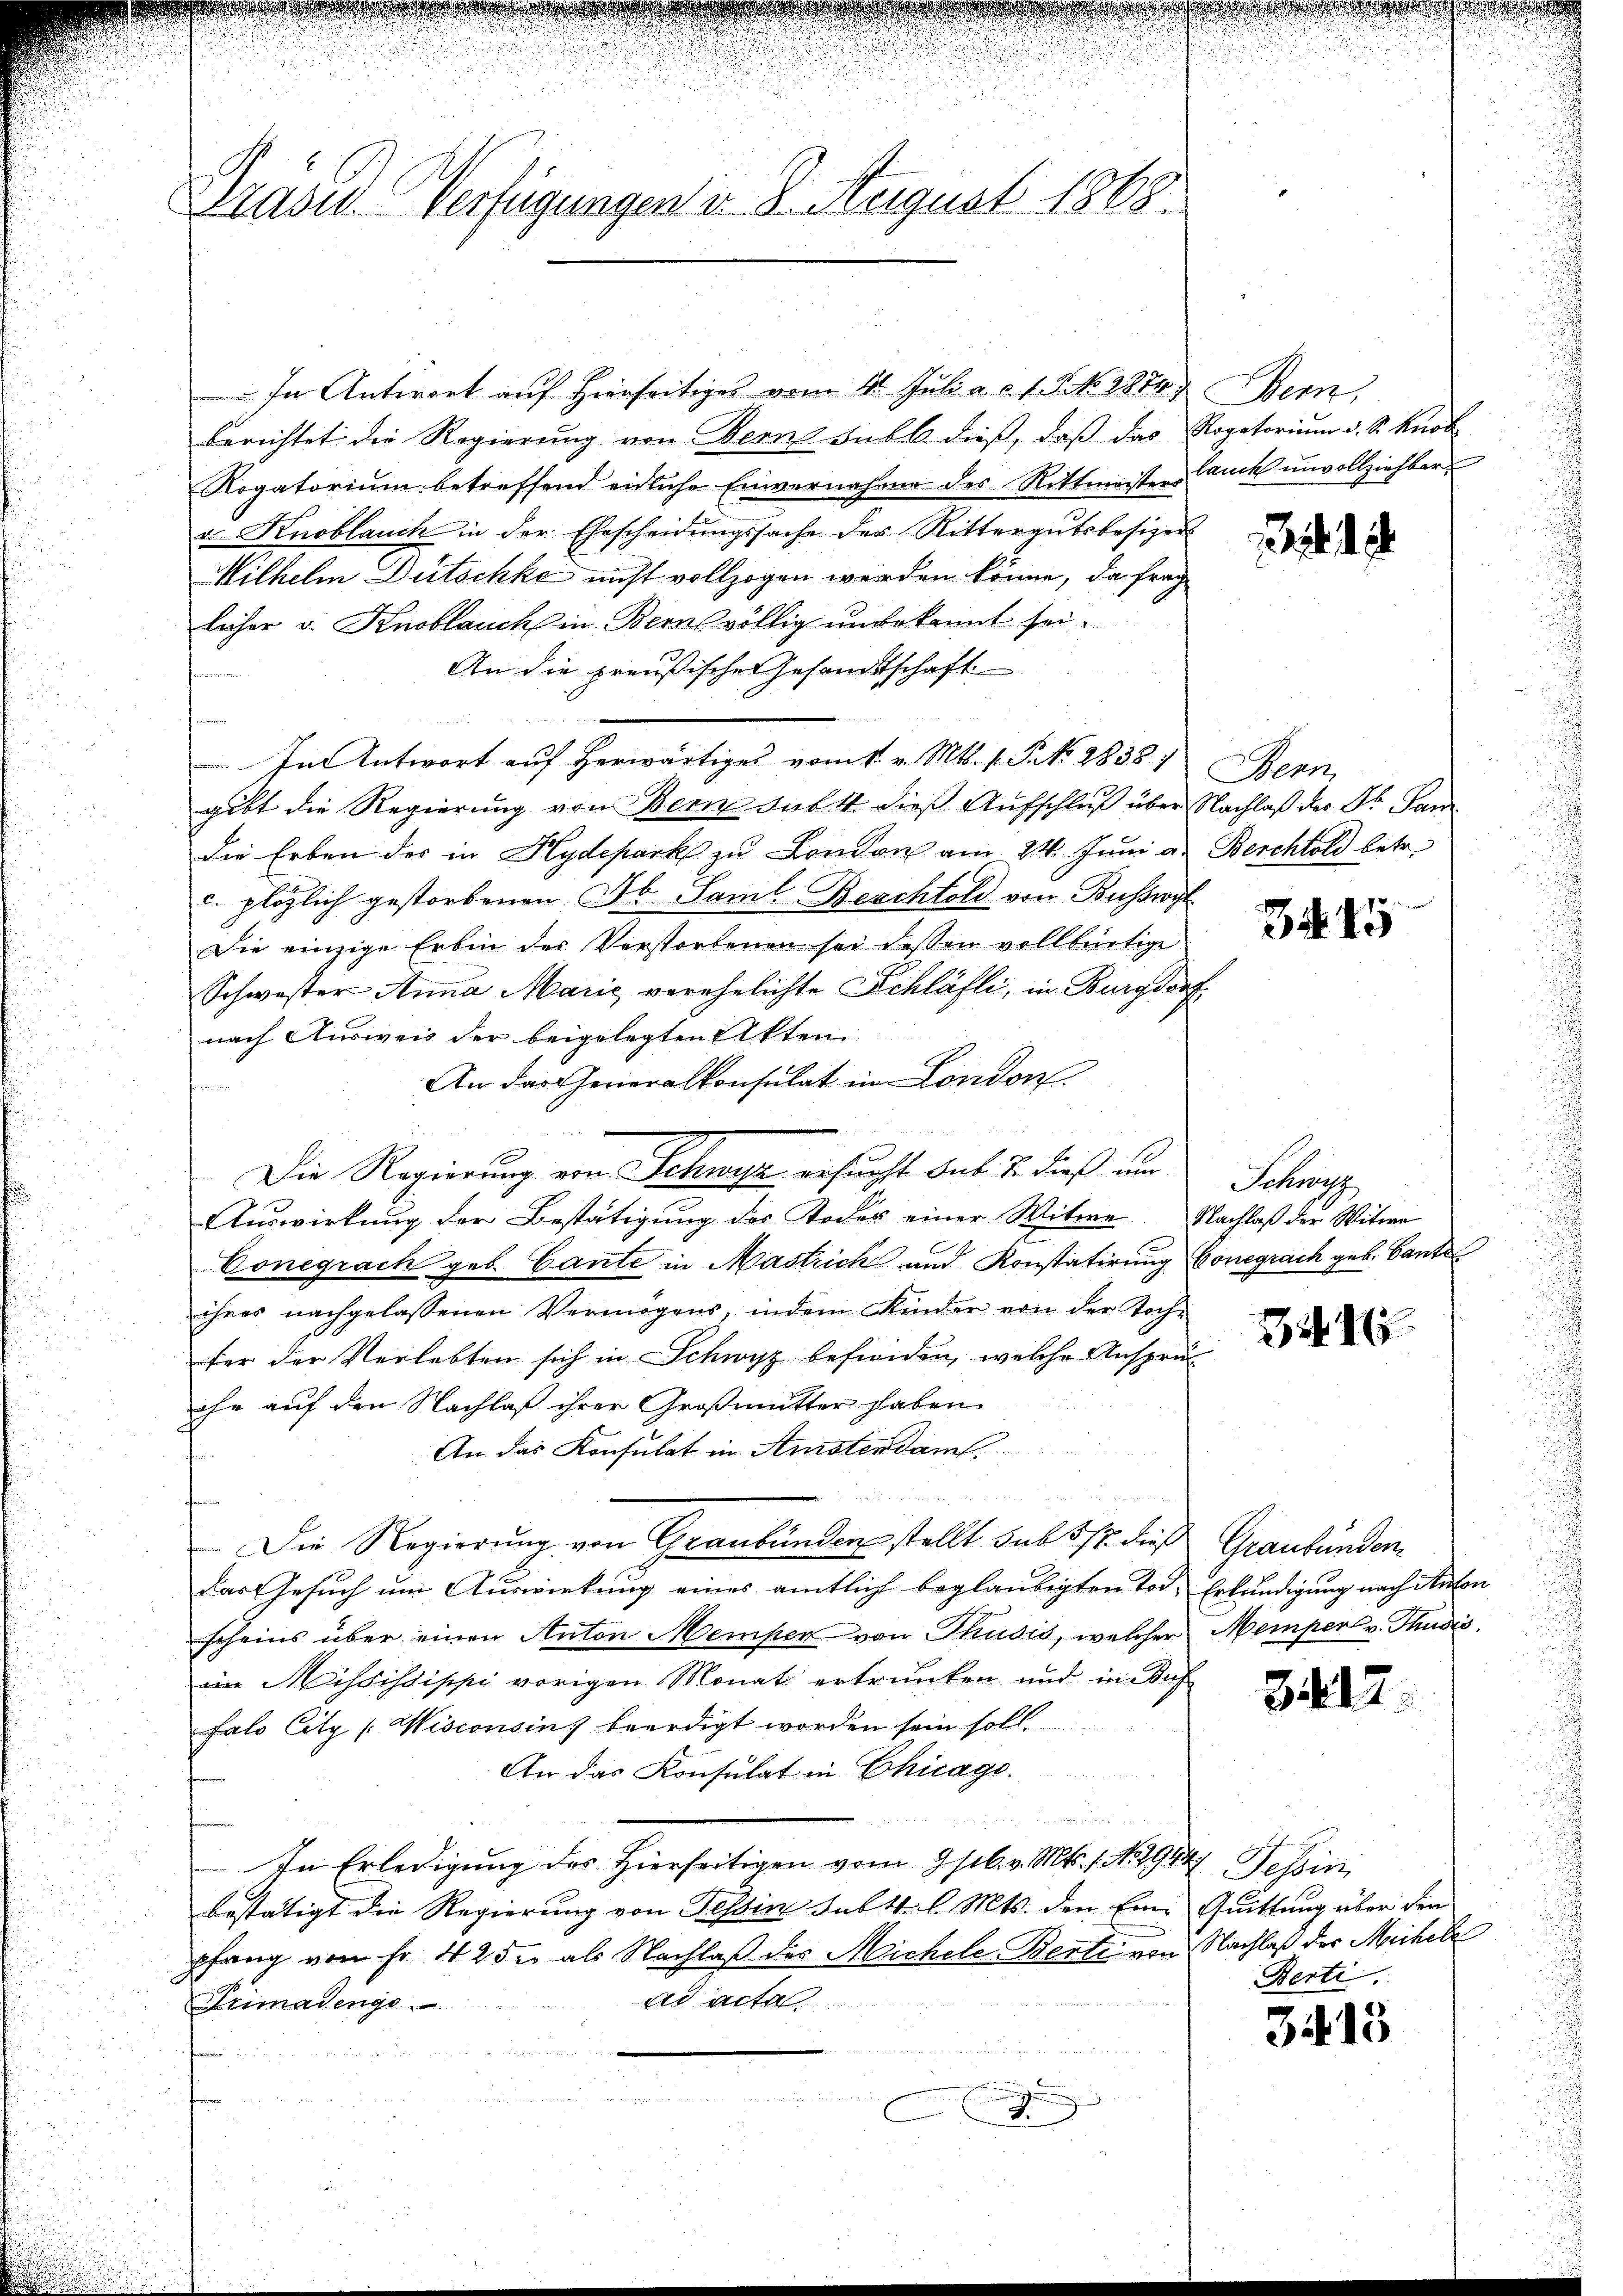
Gräses Verfügungen v. 8. August 1888.

Rogatorium betreffend eidliche Einvernahme des Rittmeister Cauch unvollziehbar
v. Knoblauch in der Ehescheidungssache des Rittergutsbesizer
Wilhelm Dütschke nicht vollzogen werden könne, da frag
leiher v. Knoblauch in Bern völlig unbekannt sei.
An die preußischen Gesandtschaft
2
Im Antwort auf herwärtiges vom 1. v. Mts. 1. Frk. 28381. Bern,
gibt die Regierung von Bern sub. 4. dieß Aufschluß über Nachlaß der Dr. Sani
die Erben der in Hydepark zu London am 24. Juni a. Berchtold betr.
c. plötzlich gestorbenen Jb. Saml Berchtold von Busswyl
Die einzige Erbin der Verstorbenen sei dessen vollbürtige
Schwester Anna Marić verehelichte Schläfli, in Burgdorf
nach Ausweis der beigelegten Akten
An das Generalkonsulat in London
Auswirkung der Bestätigung des Todes einer Witwe Nachlaß der Witwe
Conegrach geb. Gante in Mastrick und Konstatirung Conegrach geb. Bante
ihres nachgelassenen Vermögens, indem Kinder von der Toch-
fer der Verlebten sich in Schwyz befinden, welche Ansprüc
ehe auf den Nachlaß ihrer Großmutter haben.
An das Konsulat in Amsterdam.

Die Regierung von Graubünden stellt sub 5/7. dieß Graubünden
das Gesuch um Auswirkung eines amtlich beglaubigten Tod. Erkundigung nach Anton
scheins über einen Anton Memper von Thusis, welcher Memper v. Thusis
im Mississippi vorigen Monat ertrunken und in Bus
falo Citz [Wisconsin beerdigt worden sein soll.
An das Konsulat in Chicago.
In Erledigung des Hierseitigen vom 9 s. v. Mts. 1. No 1914 Tessin
bestätigt die Regierung von Tessin sub t. l. Mts. den Eine Quittung über den
pfang von Fr. 425 als Nachlaß des Michele Berli von Nachlaß der Michele
ad acta
Primadenge

J

In Antwort auf Hierseitiges vom 11. Juli a. c. 1. No. 2874) Bern
berichtet die Regierung von Bern sub b. dieß, daß das Rogatorium d. S. Knob

Die Regierung von Schwyz ersucht sub. 2. dieß nun

34. 15

Schnung

2

3417.

Berti.

3415